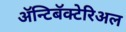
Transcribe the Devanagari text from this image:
ॲन्टिबॅक्‍टेरिअल